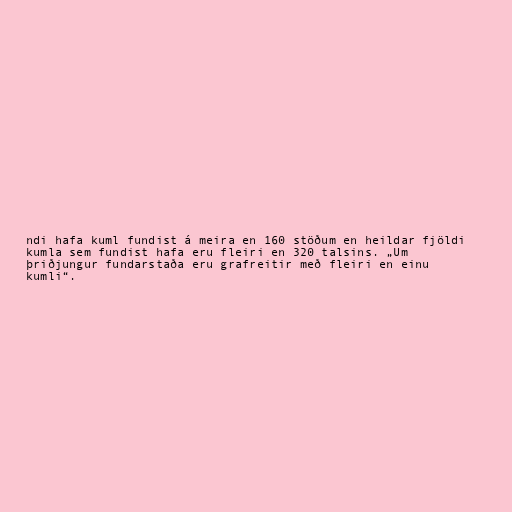
ndi hafa kuml fundist á meira en 160 stöðum en heildar fjöldi
kumla sem fundist hafa eru fleiri en 320 talsins. „Um
þriðjungur fundarstaða eru grafreitir með fleiri en einu
kumli“.